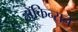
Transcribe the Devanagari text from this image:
हॉकिन्सने